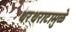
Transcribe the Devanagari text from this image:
थरथराटामुळे